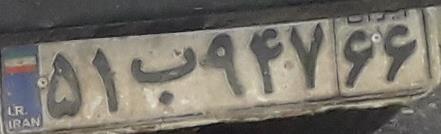
۵۱ب۹۴۷۶۶